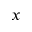
x